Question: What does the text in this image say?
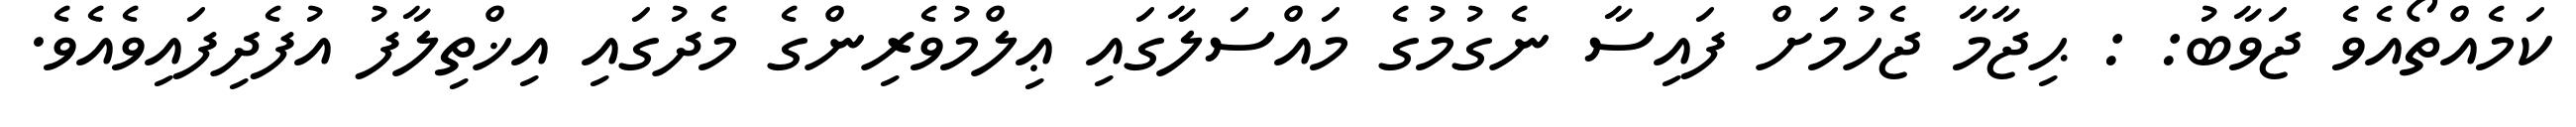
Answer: ކަމެއްތޯއެވެ ޖަވާބު: : ޙިޖާމާ ޖެހުމަށް ފައިސާ ނެގުމުގެ މައްސަލާގައި ޢިލްމުވެރިންގެ މެދުގައި އިޚްތިލާފު އުފެދިފައިވެއެވެ.